Annual administration report of the Civil Veterinary Department of India - 1896-1897
Year: 1896
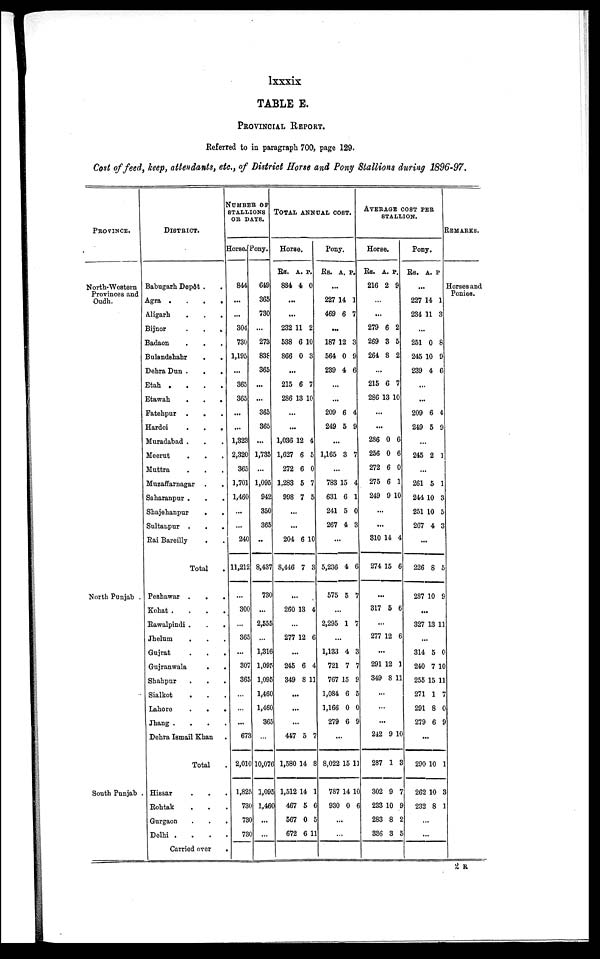
lxxxix
TABLE E.
PROVINCIAL REPORT.
Referred to in paragraph 700, page 129.
Cost of feed, keep, attendants, etc., of District Horse and Pony Stallions during 1896-97.
PROVINCE.
North-Western
Provinces and
Oudh.
North Punjab .
South Punjab .
DISTRICT.
Babugarh Depôt .
Agra .
.
.
.
Aligarh . . .
Bijnor
.
.
.
Badaon
.
.
Bulandshahr
.
.
Dehra Dun .
.
.
Etah .
.
.
.
Etawah
.
.
.
Fatehpur .
. .
Hardoi
.
.
.
Muradabad . . .
Meerut . .
Muttra . .
Muzaffarnagar . .
Saharanpur . . .
Shajehanpur . .
.
Sultanpur . . .
Rai Bareilly . . .
Total .
Peshawar .
. .
Kohat . . . .
Rawalpindi .
.
.
Jhelum . . .
Gujrat . . .
Gujranwala . . .
Shahpur . . .
Sialkot . . .
Lahore
.
. .
Jhang . . . .
Dehra Ismail Khan .
Total .
Hissar . . .
Rohtak . . .
Gurgaon . . .
Delhi . . . .
Carried over .
NUMBER OF
STALLIONS
OR DAYS.
Horse.
844
...
...
304
730
1,195
...
365
365
...
...
1,323
2,320
365
1,701
1,460
...
...
240
11,212
...
300
...
365
...
307
365
...
...
...
673
2,010
1,825
730
730
730
Pony.
649
365
730
...
273
838
365
...
...
365
365
...
1,735
...
1,095
942
350
365
...
8,437
730
...
2,555
...
1,316
1,095
1,095
1,460
1,460
365
...
10,076
1,095
1,460
...
...
TOTAL ANNUAL COST.
Horse.
Rs. A. P.
884 4 0
...
...
232 11 2
538 6 10
866 0 3
...
215 6 7
286 13 10
...
...
1,036 12 4
1,627 6 5
272 6 0
1,283 5 7
998 7 5
...
...
204 6 10
8,446 7 3
...
260 13 4
...
277 12 6
...
245 6 4
349 8 11
...
...
...
447 5 7
1,580 14 8
1,512 14 1
467 5 6
567 0 5
672 6 11
Pony.
Rs. A. P.
...
227 14 1
469 6 7
...
187 12 3
564 0 9
239 4 6
...
...
209 6 4
249 5 9
...
1,165 3 7
...
783 15 4
631 6 1
241 5 0
267 4 3
...
5,236 4 6
575 5 7
...
2,295 1 7
...
1,133 4 3
721 7 7
767 15 9
1,084 6 5
1,166 0 0
279 6 9
...
8,022 15 11
787 14 10
930 0 6
...
...
AVERAGE COST PER STALLION.
Horse.
Rs. A. P.
216 2 9
...
...
279 6 2
269 3 5
264 8 2
...
215 6 7
286 13 10
...
...
286 0 6
256 0 6
272 6 0
275 6 1
249 9 10
...
...
810 14 4
274 15 6
...
317 5 6
...
277 12 6
...
291 12 1
349 8 11
...
...
...
242 9 10
287 1 3
302 9 7
5 233 10 9
283 8 2
336 3 5
Pony.
Rs. A. P
...
227 14 1
234 11 3
...
251 0 8
245 10 9
239 4 6
...
...
209 6 4
249 5 9
...
245 2 1
...
261 5 1
244 10 3
251 10 5
267 4 3
...
226 8 5
287 10 9
...
327 13 11
...
314 5 0
240 7 10
255 15 11
271 1 7
291 8 0
279 6 9
...
290 10 1
262 10 3
232 8 1
...
...
REMARKS.
Horses and
Ponies.
2 R